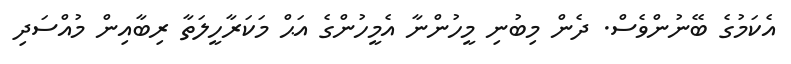
އެކަމުގެ ބޭނުންވެސް. ދެން މިބުނި މީހުންނާ އެމީހުންގެ އަޙް މަކަރާހީލަތާ ރިބާއިން މުއްސަދި